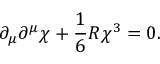
\partial _ { \mu } \partial ^ { \mu } \chi + \frac { 1 } { 6 } R \chi ^ { 3 } = 0 .